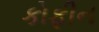
કોફીન